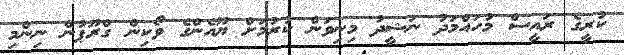
ކުރީގެ ރައީސް މުހައްމަދު ނަޝީދު މިނިވަން ކުރުމަށް ޔޫއެންގެ ވޯކިން ގްރޫޕުން ނިންމި